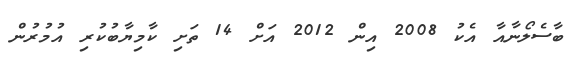
ބާސެލޯނާއާ އެކު 2008 އިން 2012 އަށް 14 ތަށި ކާމިޔާބުކުރި އުމުރުން